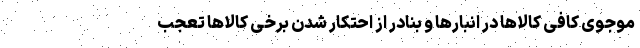
موجوی کافی کالاها در انبارها و بنادر از احتکار شدن برخی کالاها تعجب